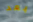
بعد